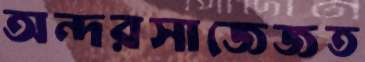
অন্দরসাজেজত